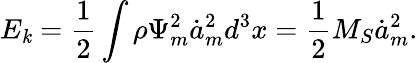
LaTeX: E_{\mathit{k}}=\frac{1}{2}\int\rho\Psi_{m}^{2}\dot{{a}}_{m}^{2}d^{3}x=\frac{1}{2}M_{S}\dot{{a}}_{m}^{2}.